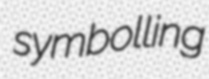
symbolling